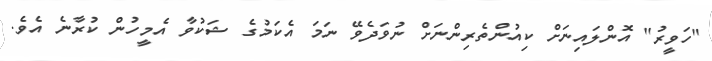
"ހަވީރު" އޮންލައިނަށް ކިއުންތެރިންނަށް ނުވަދެވޭ ނަމަ އެކަމުގެ ޝަކުވާ އެމީހުން ކުރާނެ އެވެ.